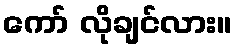
ကော် လိုချင်လား။